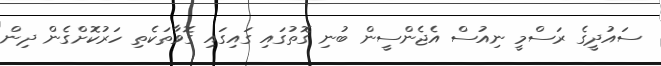
ސައުދީގެ ރަސްމީ ނިއުސް އެޖެންސީން ބުނި ގޮތުގައި ގައިގައި ގޮވާތަކެތި ހަރުކޮށްގެން ދިން